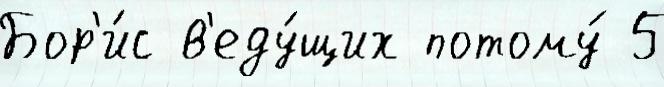
Бор'и́с в'еду́щих потому́ 5